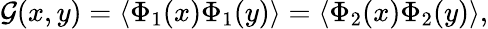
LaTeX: {\cal G}(x,y)=\langle\Phi_{1}(x)\Phi_{1}(y)\rangle=\langle\Phi_{2}(x)\Phi_{2}(y)\rangle,